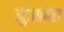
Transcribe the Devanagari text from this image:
नुआन्स